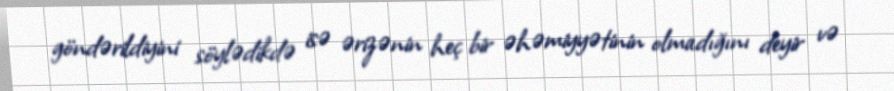
göndərildiyini söylədikdə isə ərizənin heç bir əhəmiyyətinin olmadığını deyir və